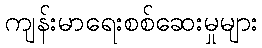
ကျန်းမာရေးစစ်ဆေးမှုများ